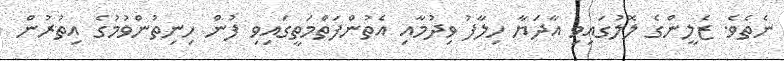
ނެތެވެ. ޒެލީންގެ ލޮލުގައިވި އާދަޔާ ހިލާފު ވިދުމާއި އެތުންފަތްމަތީގައިވި ފުން ހިނިތުންވުމުގެ އިތުރުން